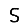
Digit: 5